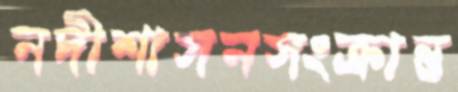
নদীশাসনসংক্রান্ত